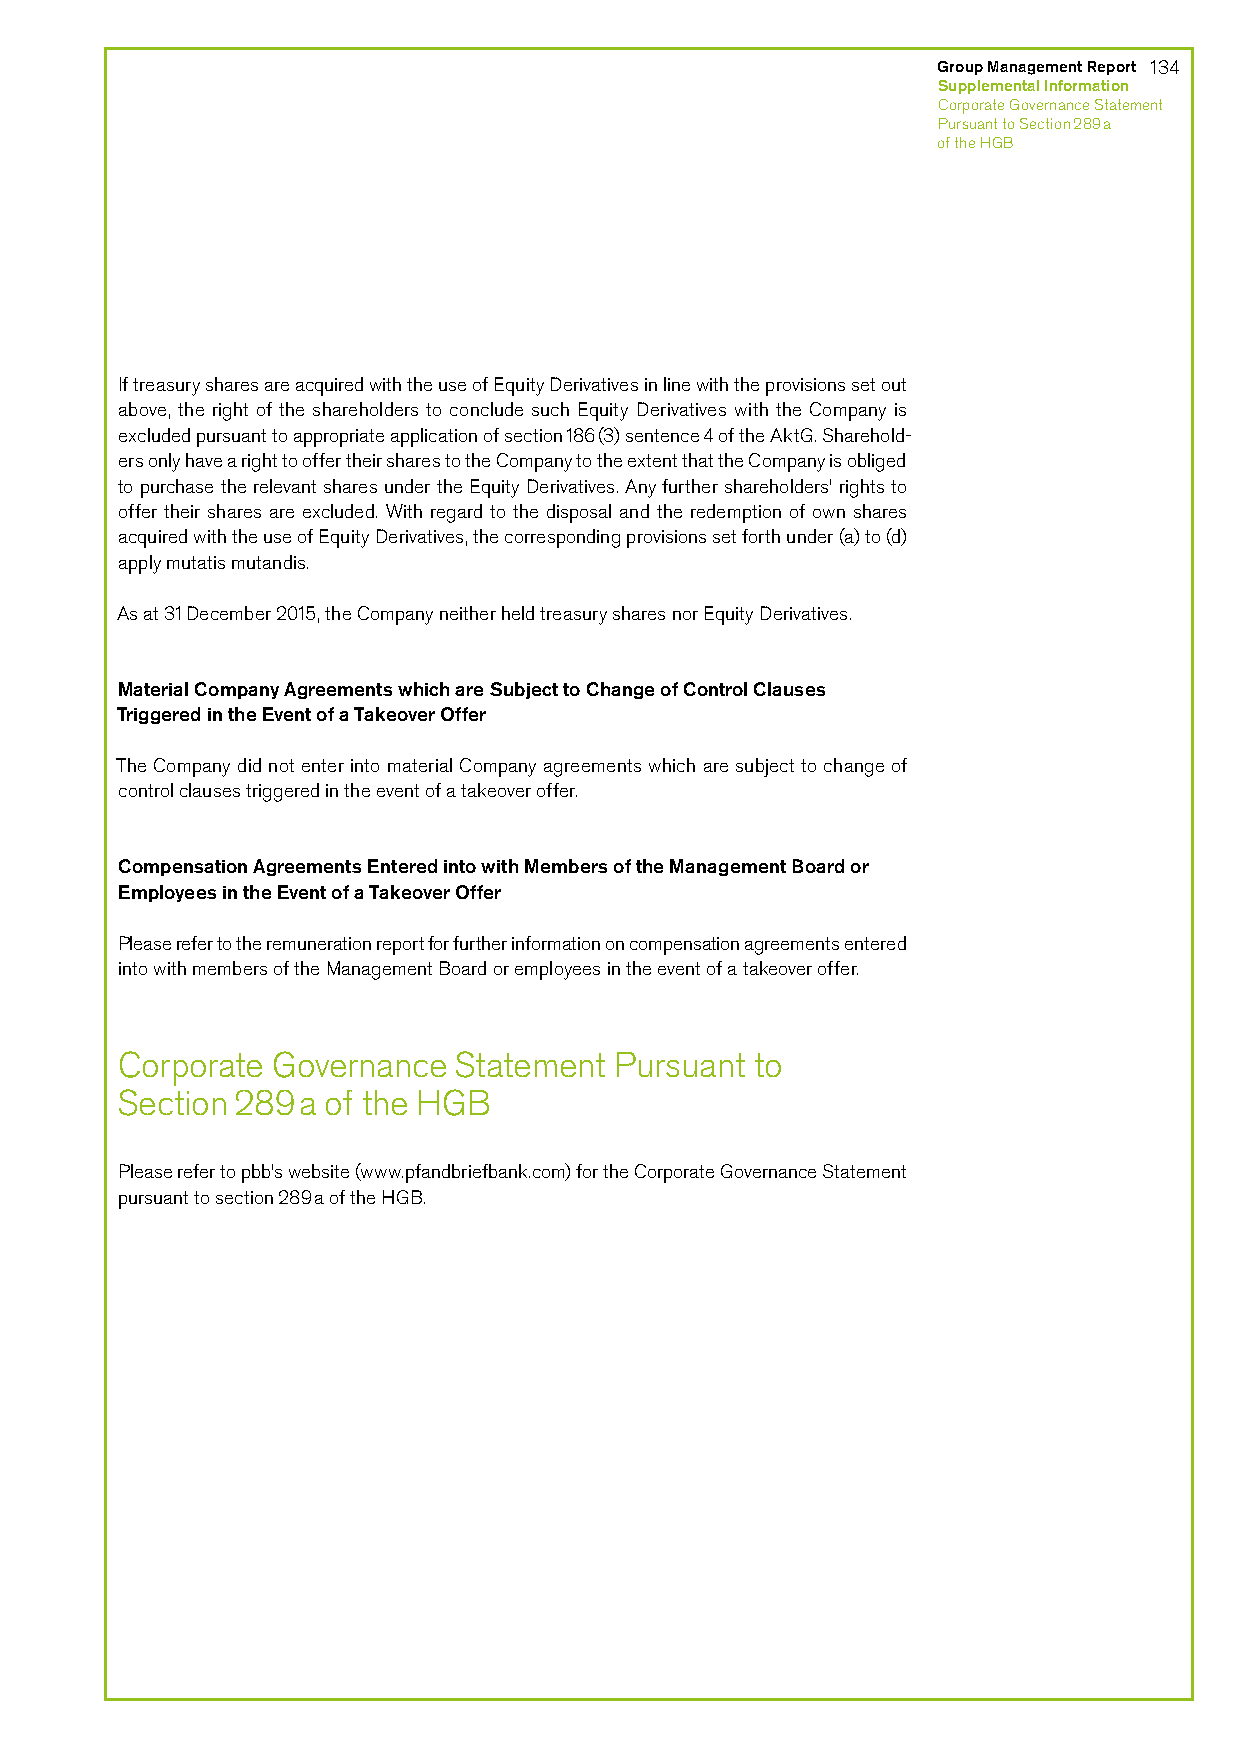
Group Management Report 134
 Supplemental Information
 Corporate Governance Statement
 Pursuant to Section 289 a
 of the HGB
 If treasury shares are acquired with the use of Equity Derivatives in line with the provisions set out
 above, the right of the shareholders to conclude such Equity Derivatives with the Company is
 excluded pursuant to appropriate application of section 186 (3) sentence 4 of the AktG. Sharehold-
 ers only have a right to offer their shares to the Company to the extent that the Company is obliged
 to purchase the relevant shares under the Equity Derivatives. Any further shareholders’ rights to
 offer their shares are excluded. With regard to the disposal and the redemption of own shares
 acquired with the use of Equity Derivatives, the corresponding provisions set forth under (a) to (d)
 apply mutatis mutandis.
 As at 31 December 2015, the Company neither held treasury shares nor Equity Derivatives.
 Material Company Agreements which are Subject to Change of Control Clauses
 Triggered in the Event of a Takeover Offer
 The Company did not enter into material Company agreements which are subject to change of
 control clauses triggered in the event of a takeover offer.
 Compensation Agreements Entered into with Members of the Management Board or
 Employees in the Event of a Takeover Offer
 Please refer to the remuneration report for further information on compensation agreements entered
 into with members of the Management Board or employees in the event of a takeover offer.
 Corporate Governance  Statement  Pursuant to
 Section 289 a of the HGB
 Please refer to pbb’s website (www.pfandbriefbank.com) for the Corporate Governance Statement
 pursuant to section 289 a of the HGB.